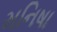
મનિષા